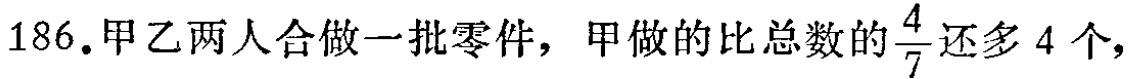
186.甲乙两人合做一批零件，甲做的比总数的$\frac{4}{7}$还多4个，